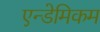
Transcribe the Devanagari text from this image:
एन्डेमिकम